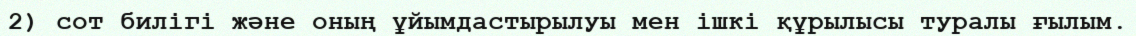
2) сот билігі және оның ұйымдастырылуы мен ішкі құрылысы туралы ғылым.